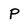
Character: P